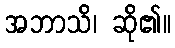
အဘာသိ၊ ဆို၏။